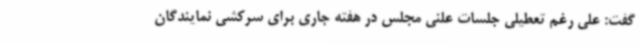
گفت: علی رغم تعطیلی جلسات علنی مجلس در هفته جاری برای سرکشی نمایندگان